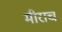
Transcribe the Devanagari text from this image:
मीराचं